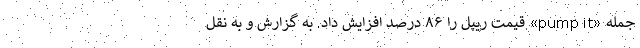
جمله «pump it» قیمت ریپل را ۸۶ درصد افزایش داد. به گزارش و به نقل